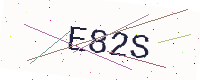
Text: E82S